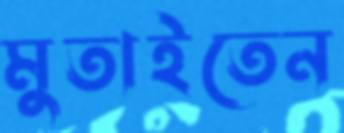
মুতাইতেন